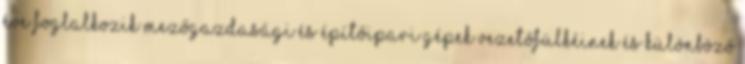
éve foglalkozik mezőgazdasági és építőipari gépek vezetőfülkéinek és különböző